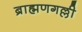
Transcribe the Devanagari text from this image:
ब्राह्मणगल्ली